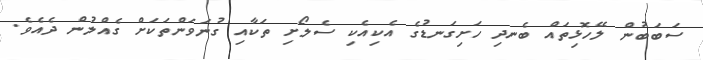
ސަބަބުން ލޭހޮޅިތައް ބެނދި ހަށިގަނޑުގެ އެކިއެކި ސެލޯށި ތަކާއި ގުނަވަންތަކަށް ގެއްލުން ދެއެވެ.